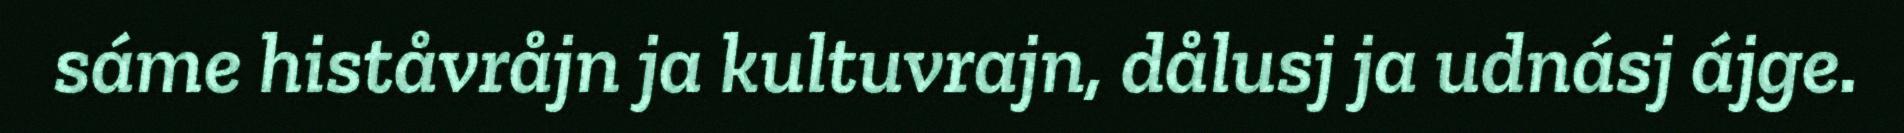
sáme histåvråjn ja kultuvrajn, dålusj ja udnásj ájge.